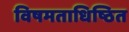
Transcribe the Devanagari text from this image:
विषमताधिष्ठित